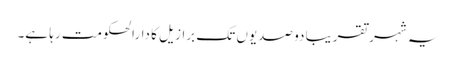
یہ شہر تقریبا دو صدیوں تک برازیل کا دارالحکومت رہا ہے۔